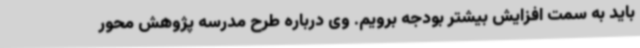
باید به سمت افزایش بیشتر بودجه برویم. وی درباره طرح مدرسه پژوهش محور